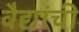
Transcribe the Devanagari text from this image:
वैद्यांची